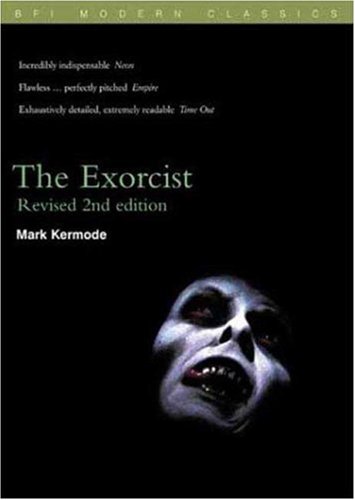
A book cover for The Exorcist (BFI Modern Classics); Mark Kermode; Humor & Entertainment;